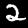
Digit: 2